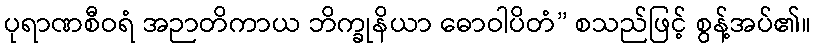
ပုရာဏစီဝရံ အဉာတိကာယ ဘိက္ခုနိယာ ဓောဝါပိတံ” စသည်ဖြင့် စွန့်အပ်၏။